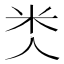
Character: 𥸪